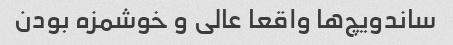
ساندویچ‌ها واقعا عالی و خوشمزه بودن